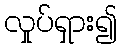
လှုပ်ရှား၍